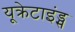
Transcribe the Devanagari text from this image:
यूक्रेटाइंड्स